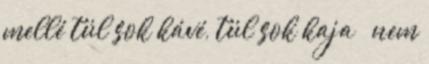
mellé túl sok kávé, túl sok kaja – nem